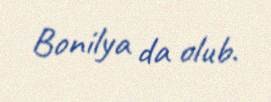
Bonilya da olub.